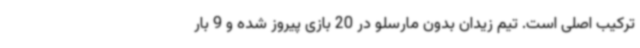
ترکیب اصلی است. تیم زیدان بدون مارسلو در 20 بازی پیروز شده و 9 بار